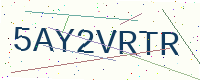
Text: 5AY2VRTR